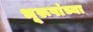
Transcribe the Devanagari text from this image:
भूरूपांच्या